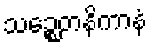
သဉ္စေတနိကာနံ